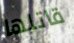
قاتلها